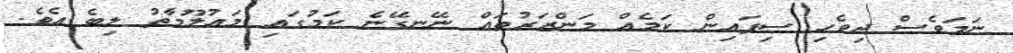
ނަމަވެސް ދިވެހި ސިފައިން ކަމެއް މަންޒަރުތައް ނޭނގޭނެ ކަމުގައި މައުލޫމާތު ލިބެ އެވެ.